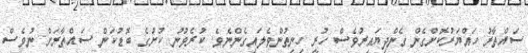
ސައްތާރު ހައްޔަރުކޮށްގެން ގެންދިޔައިރުވެސް ހުރީ ހިނިތުންވެލައިގެންނެވެ. ކުރެވުނު ކުށުގެ ބޮޑުކަން ސައްތާރަށް ނުވެސް